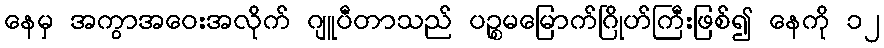
နေမှ အကွာအဝေးအလိုက် ဂျူပီတာသည် ပဉ္စမမြောက်ဂြိုဟ်ကြီးဖြစ်၍ နေကို ၁၂